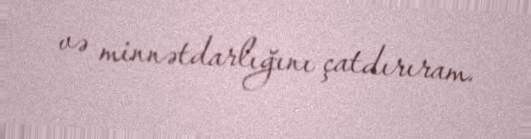
və minnətdarlığını çatdırıram.